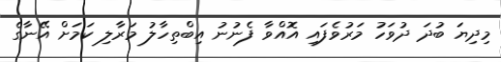
މިދިޔަ ބުދަ ދުވަހު މަރުވެފައި އޮއްވާ ފެނުނު އިބްތިހާލު މަރާލި ކަމަށް އޭނާގެ